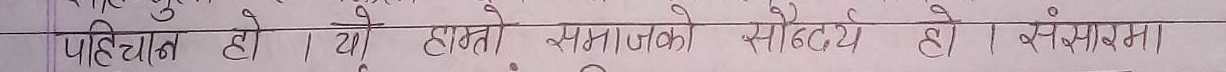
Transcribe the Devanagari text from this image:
पहचान हो। यी हाम्रो समाजको सौन्दर्य हो। संसारमा